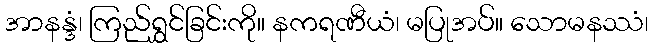
အာနန္ဒံ၊ ကြည်ရွှင်ခြင်းကို။ နကရဏီယံ၊ မပြုအပ်။ သောမနဿံ၊